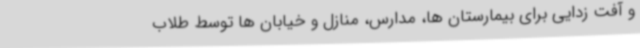
و آفت زدایی برای بیمارستان ها، مدارس، منازل و خیابان ها توسط طلاب